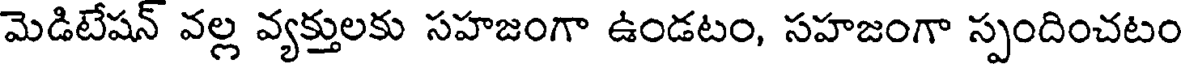
మెడిటేషన్ వల్ల వ్యక్తులకు సహజంగా ఉండటం, సహజంగా స్పందించటం